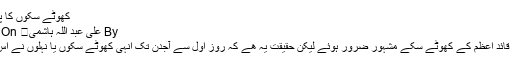
کھوٹے سِکوں کا پاکستان | سلام اردو ڈاٹ کام
By علی عبد اللہ ہاشمی	 On نومبر 19, 2019 ۱۱۱ 0
"کھوٹے سِکوں کا پاکستان” قائدِ اعظم کے کھوٹے سِکے مشہور ضرور ہوئے لیکن حقیقت یہ ھے کہ روزِ اول سے آجدن تک انہی کھوٹے سِکوں یا نہلوں نے اس ملک پر حکومت کی ھے۔